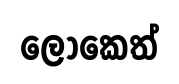
ලෝකෙත්